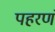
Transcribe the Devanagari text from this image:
पहरणं